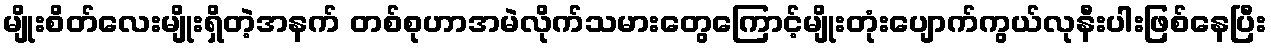
မျိုးစိတ်လေးမျိုးရှိတဲ့အနက် တစ်စုဟာအမဲလိုက်သမားတွေကြောင့်မျိုးတုံးပျောက်ကွယ်လုနီးပါးဖြစ်နေပြီး